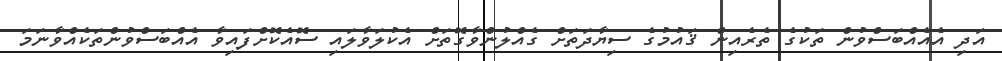
އަދި އެއެއްބަސްވުން ތަކުގެ ތެރެއިން ޤައުމުގެ ސިޔާދަތަށް ގެއްލުންވާގޮތަށް އެކުލަވާލައި ސޮއެކޮށްފައިވާ އެއްބަސްވުންތަކެއްވާނަމަ